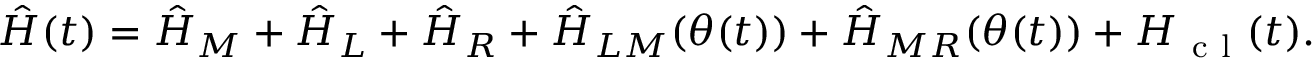
\hat { H } ( t ) = \hat { H } _ { M } + \hat { H } _ { L } + \hat { H } _ { R } + \hat { H } _ { L M } ( \theta ( t ) ) + \hat { H } _ { M R } ( \theta ( t ) ) + H _ { \mathrm { ~ c ~ l ~ } } ( t ) .